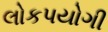
લોકપયોગી